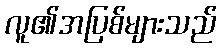
လူ၏အပြစ်များသည်